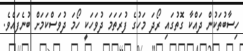
ހިސާބުތަކުން ދައްކާ ގޮތުގައި ރޯދަ މަހުގެ ފުރަތަމަ ދުވަހަކީ ހޯމަ ދުވަސްކަމަށް ބުނެފައެވެ.